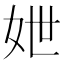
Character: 𡛶